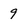
Character: 9